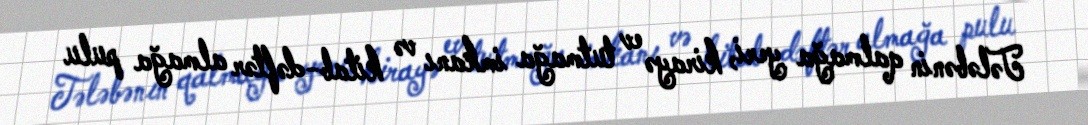
Tələbənin qalmağa yeri, kirayə ev tutmağa imkanı və kitab-dəftər almağa pulu